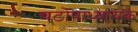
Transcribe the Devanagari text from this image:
चटोपाध्यायके